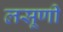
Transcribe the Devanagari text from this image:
लसूणी